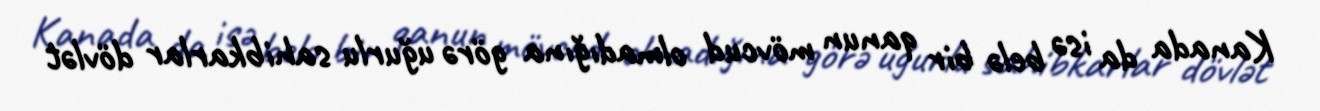
Kanada da isə belə bir qanun mövcud olmadığına görə uğurlu sahibkarlar dövlət